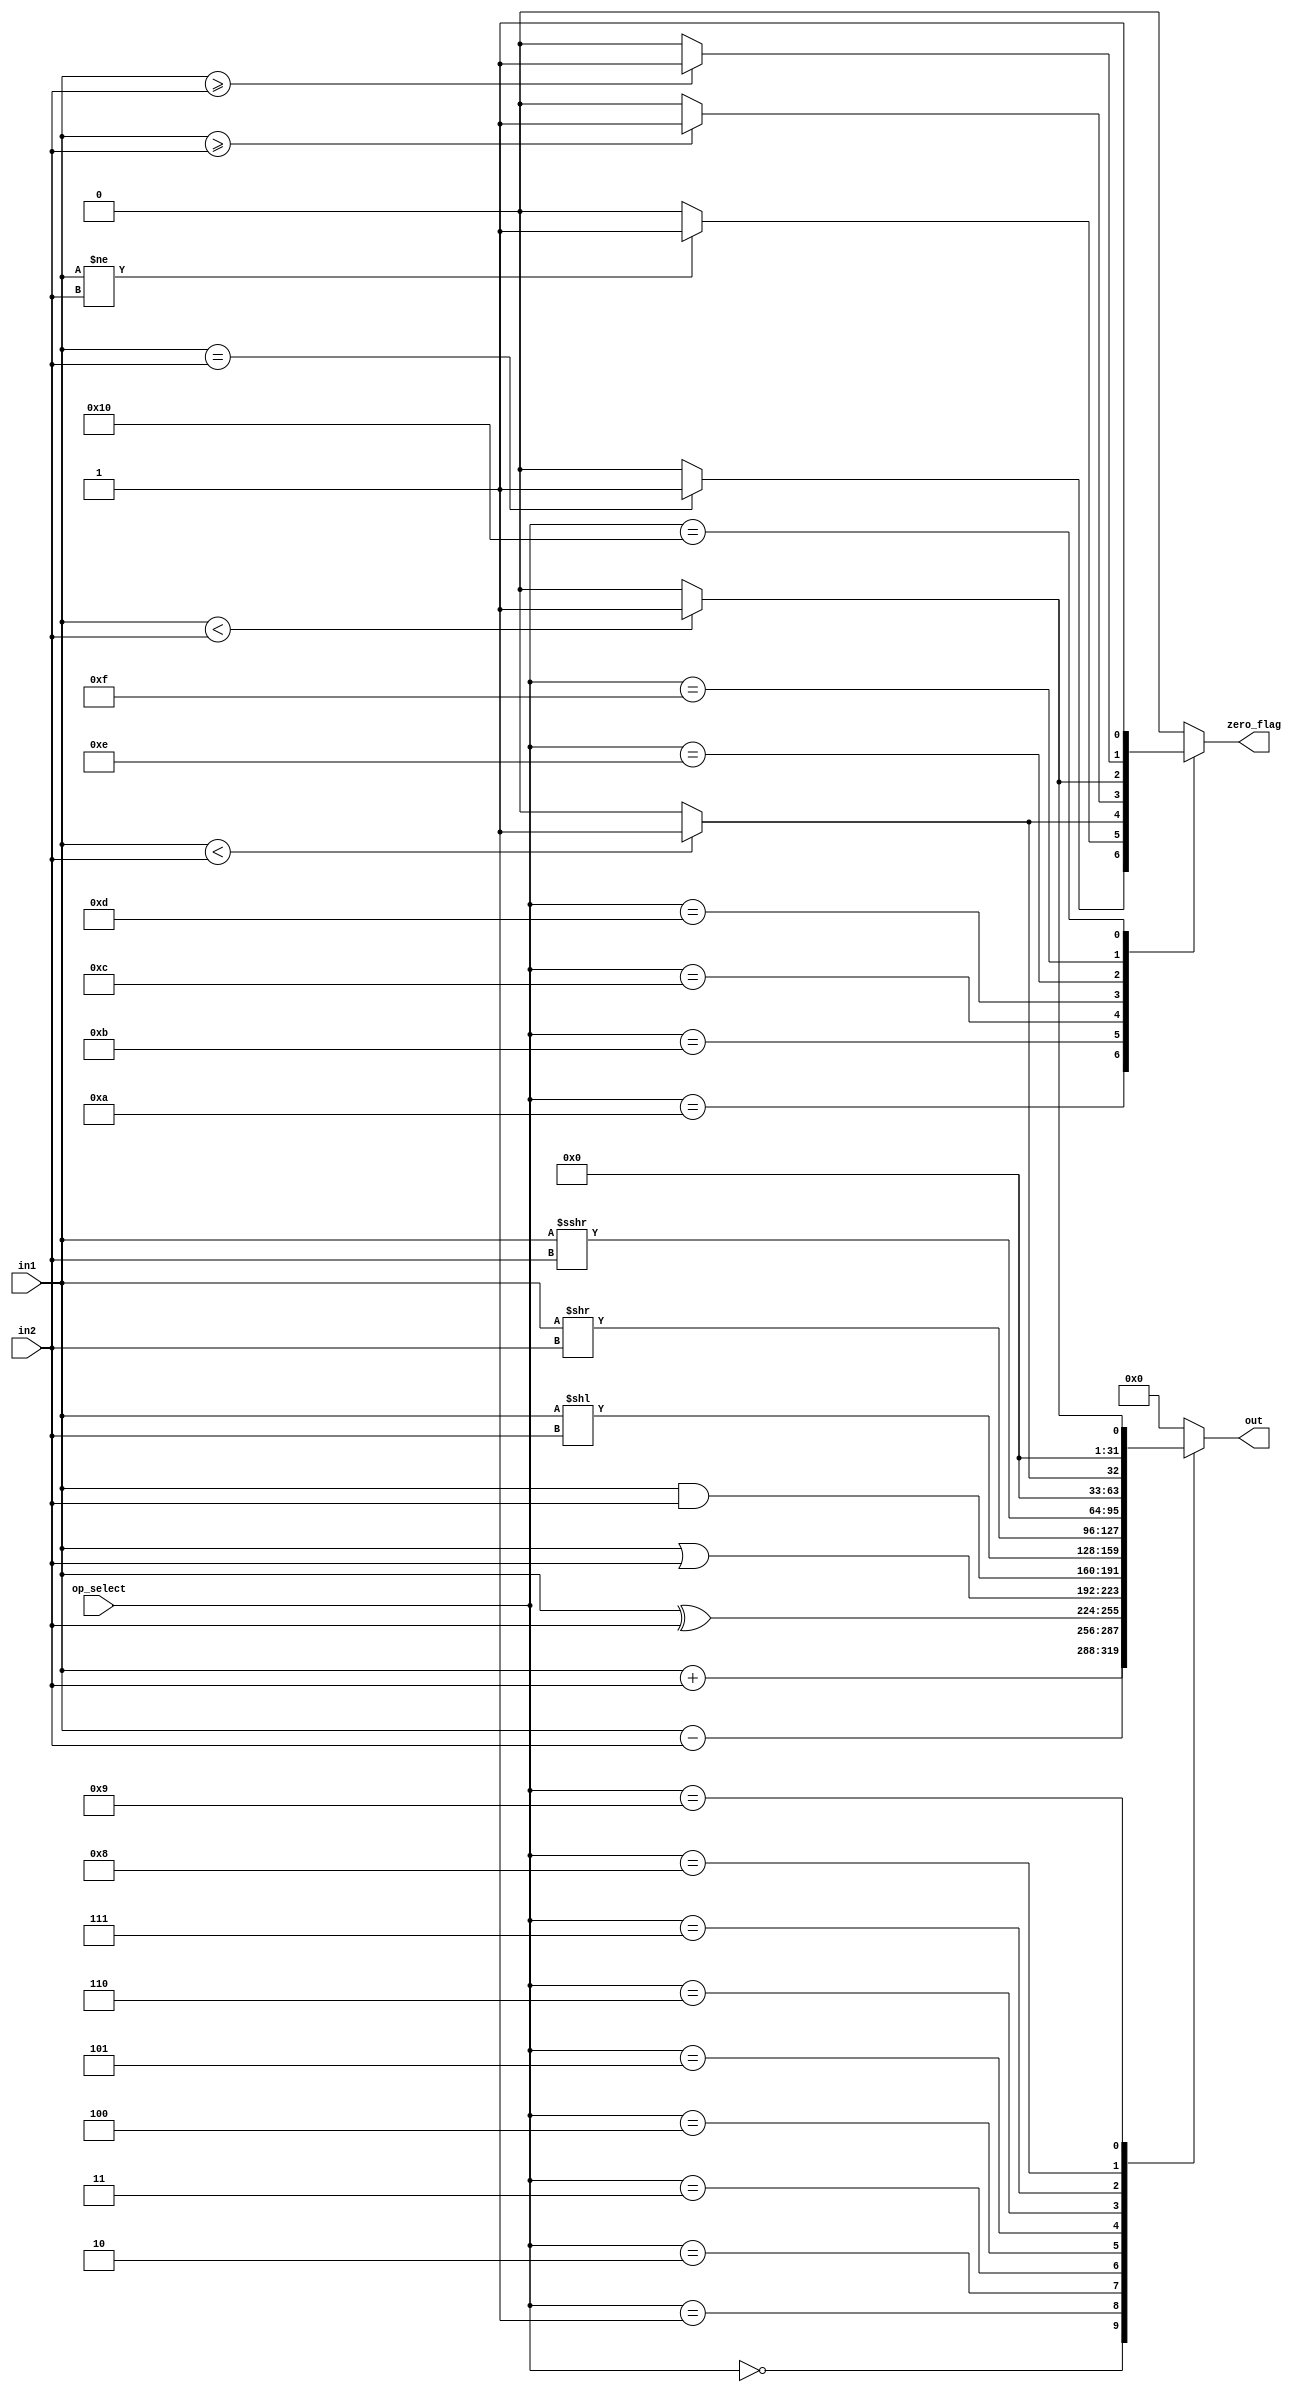
//Project: RISC-V 32 bit Architecture
//Module: ALU 
//Updated: 06/27/2020
//Performs ALU operations
//zero flag will be set whenever the branching condition is true/ there is jmp condition 
//meaning it says branch is taken/jmp this wil go to end gate
//Updates:


module ALU(in1, in2, op_select, out, zero_flag);

input[31:0] in1, in2;// inputs that ALU recieves
input[4:0] op_select;//to select alu operation
output reg[31:0] out;//output from ALU
output reg zero_flag;//flag zero for branch

always @(in1, in2, op_select) begin

    case(op_select)
        //for r and i instructions
        0: begin out = in1 + in2; zero_flag = 0; end
        1: begin out = in1 - in2; zero_flag = 0; end
        2: begin out = in1 ^ in2; zero_flag = 0; end
        3: begin out = in1 | in2; zero_flag = 0; end
        4: begin out = in1 & in2; zero_flag = 0; end
        5: begin out = in1 << in2; zero_flag = 0; end
        6: begin out = in1 >> in2; zero_flag = 0; end
        7: begin out = in1 >>> in2; zero_flag = 0; end ///arithmatic shift test this 
        8: begin out = ($signed(in1) < $signed(in2))?1:0; zero_flag = 0; end
        9: begin out = (in1 < in2)?1:0; zero_flag = 0; end
        //for branching instructions
        10: begin out = 0; zero_flag = (in1 == in2)?1:0; end
        11: begin out = 0; zero_flag = (in1 != in2)?1:0; end
        12: begin out = 0; zero_flag = ($signed(in1) < $signed(in2))?1:0; end
        13: begin out = 0; zero_flag = ($signed(in1) >= $signed(in2))?1:0; end
        14: begin out = 0; zero_flag = (in1 < in2)?1:0; end
        15: begin out = 0; zero_flag = (in1 >= in2)?1:0; end
        16: begin out = 0; zero_flag = 1; end//for jump
        default: begin out = 0; zero_flag = 0; end
    endcase
end
endmodule